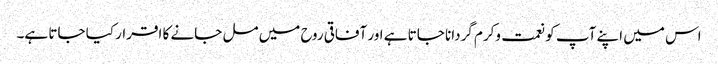
اس میں اپنے آپ کو نعمت وکرم گردانا جاتا ہے اور آفاقی روح میں مل جانے کا اقرار کیا جاتا ہے۔